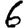
Digit: 6